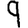
Digit: 9